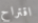
اقتراح